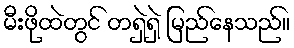
မီးဖိုထဲတွင် တရှဲရှဲ မြည်နေသည်။